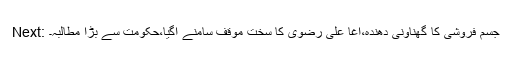
Next: ٍجسم فروشی کا گھناونی دھندہ،آغا علی رضوی کا سخت موقف سامنے آگیا،حکومت سے بڑا مطالبہ۔